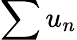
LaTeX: \sum u_{n}